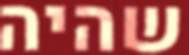
שהיה